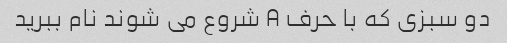
دو سبزی که با حرف A شروع می شوند نام ببرید